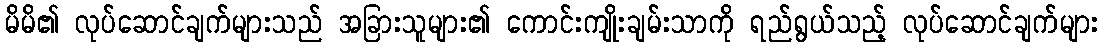
မိမိ၏ လုပ်ဆောင်ချက်များသည် အခြားသူများ၏ ကောင်းကျိုးချမ်းသာကို ရည်ရွယ်သည့် လုပ်ဆောင်ချက်များ